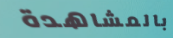
بالمشاهدة